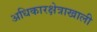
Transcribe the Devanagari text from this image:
अधिकारक्षेत्राखाली